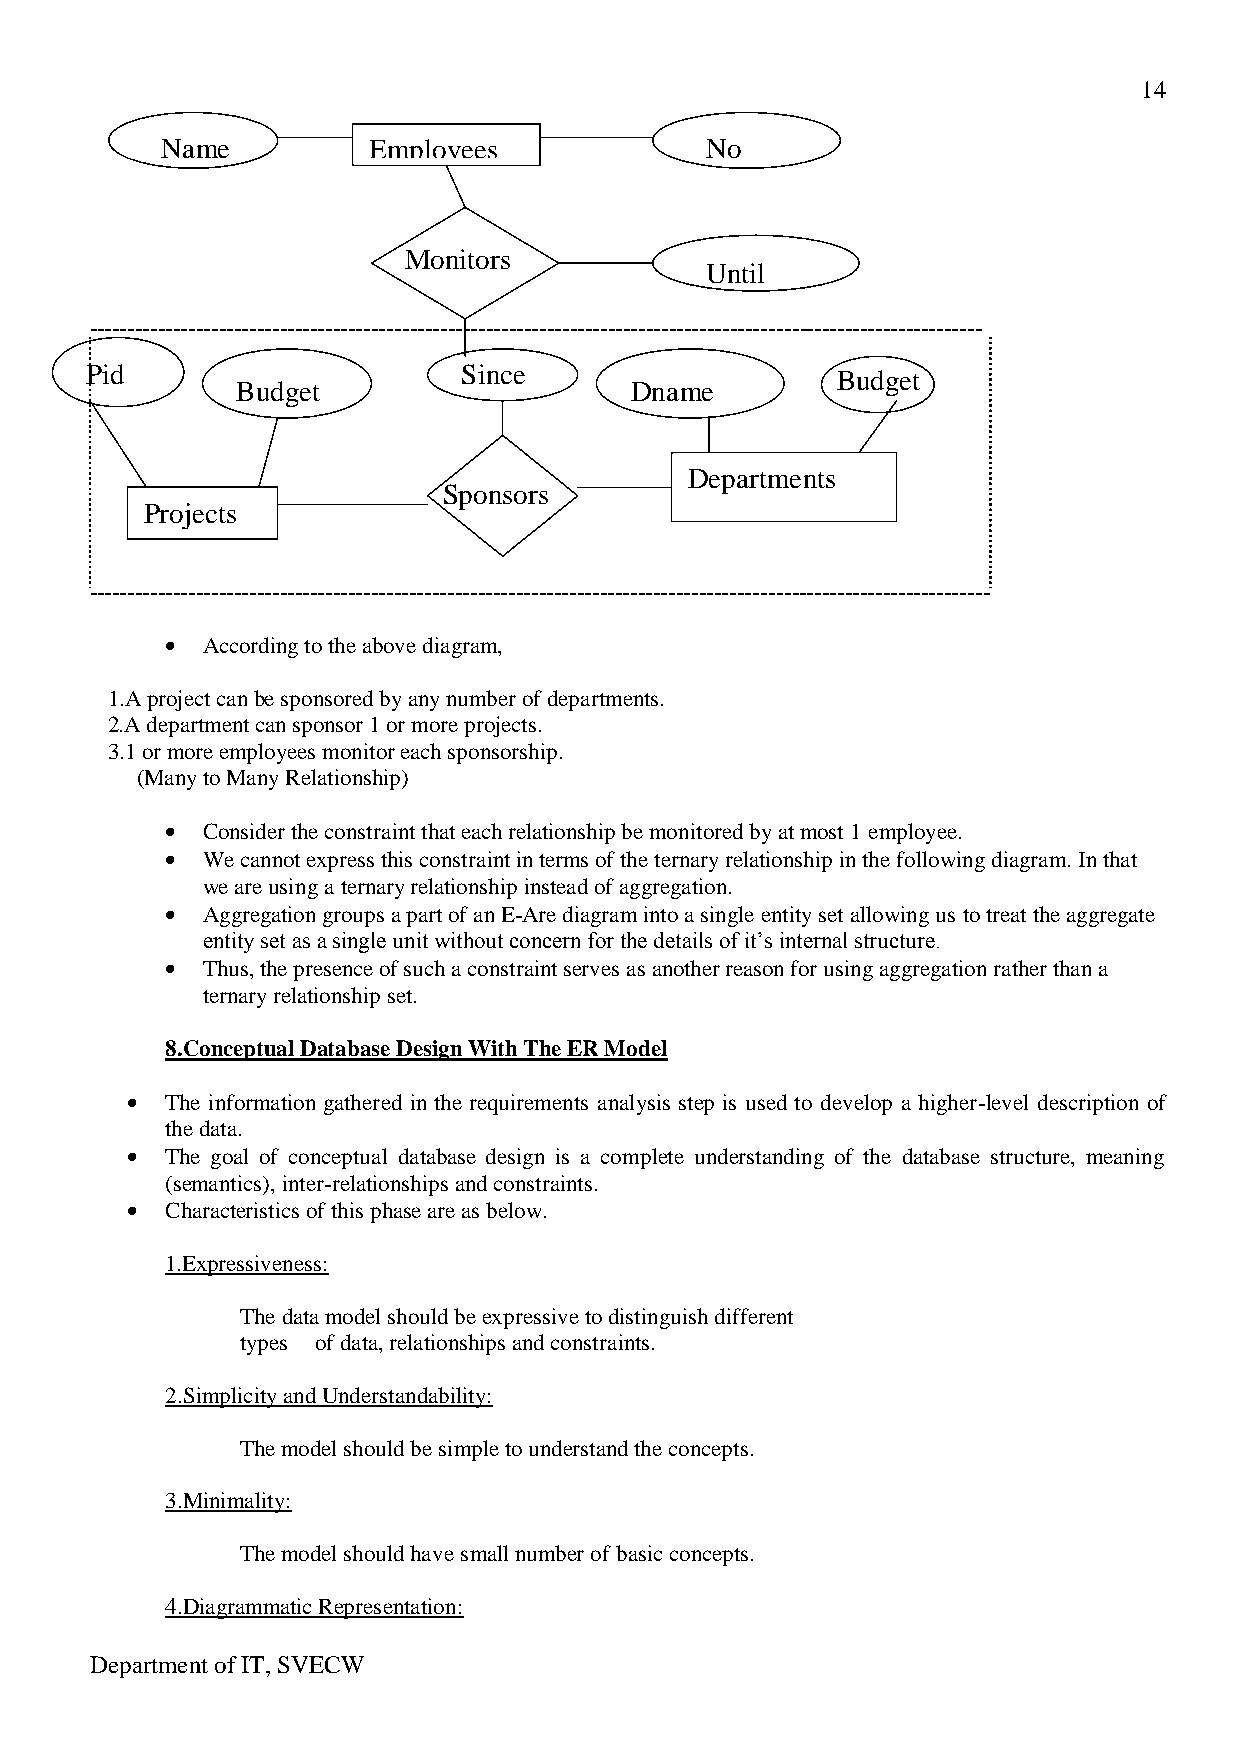
14
 Name         Employees              No
 Monitors
 Until
 ---------------------------------------------------------------------------------------------------------------------
 P id                     Since                   Budget
 Budget                    Dname
 Departments
 Sponsors
 Projects
 ----------------------------------------------------------------------------------------------------------------------
 According to the above diagram,
 1.A project can be sponsored by any number of departments.
 2.A department can sponsor 1 or more projects.
 3.1 or more employees monitor each sponsorship.
 (Many to Many Relationship)
 Consider the constraint that each relationship be monitored by at most 1 employee.
 We cannot express this constraint in terms of the ternary relationship in the following diagram. In that
 we are using a ternary relationship instead of aggregation.
 Aggregation groups a part of an E-Are diagram into a single entity set allowing us to treat the aggregate
 entity set as a single unit without concern for the details of it’s internal structure.
 Thus, the presence of such a constraint serves as another reason for using aggregation rather than a
 ternary relationship set.
 8.Conceptual Database Design With The ER Model
 The information gathered in the requirements analysis step is used to develop a higher-level description of
 the data.
 The goal of conceptual database design is a complete understanding of the database structure, meaning
 (semantics), inter-relationships and constraints.
 Characteristics of this phase are as below.
 1.Expressiveness:
 The data model should be expressive to distinguish different
 types of data, relationships and constraints.
 2.Simplicity and Understandability:
 The model should be simple to understand the concepts.
 3.Minimality:
 The model should have small number of basic concepts.
 4.Diagrammatic Representation:
 Department of IT, SVECW